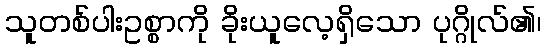
သူတစ်ပါးဥစ္စာကို ခိုးယူလေ့ရှိသော ပုဂ္ဂိုလ်၏၊